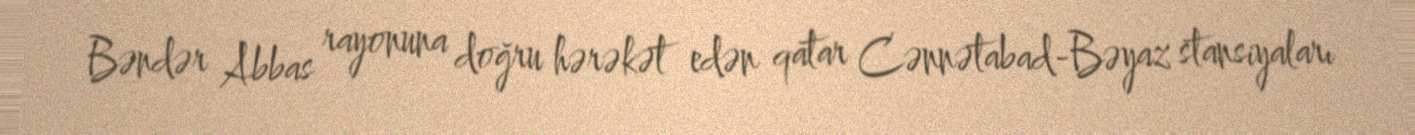
Bəndər Abbas rayonuna doğru hərəkət edən qatar Cənnətabad-Bəyaz stansiyaları